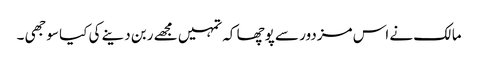
مالک نے اس مزدور سے پوچھا کہ تمہیں مجھے ربن دینے کی کیا سوجھی ۔